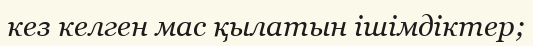
кез келген мас қылатын ішімдіктер;